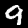
Label: 9